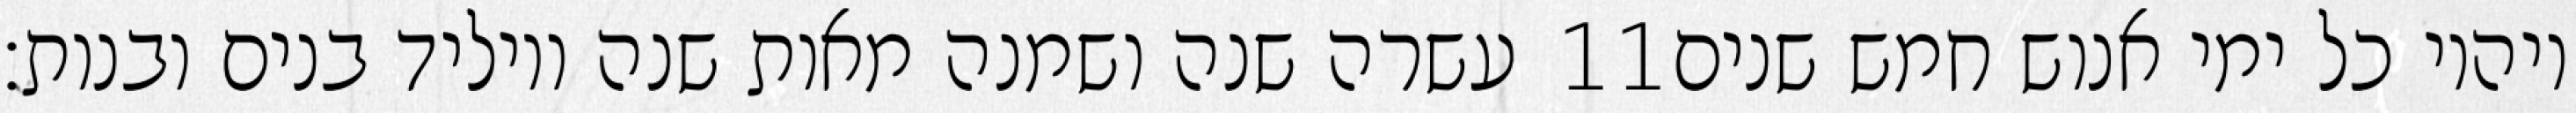
עשרה שנה ושמנה מאות שנה ויוליד בנים ובנות׃ ‎11‏ ויהיו כל ימי אנוש חמש שנים